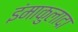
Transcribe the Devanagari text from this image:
इंमाकुलादा